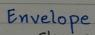
Envelope